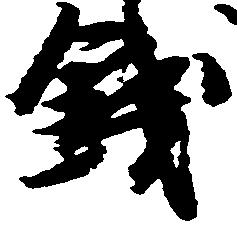
銭